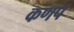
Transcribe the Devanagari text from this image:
कणप